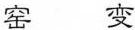
窑 变